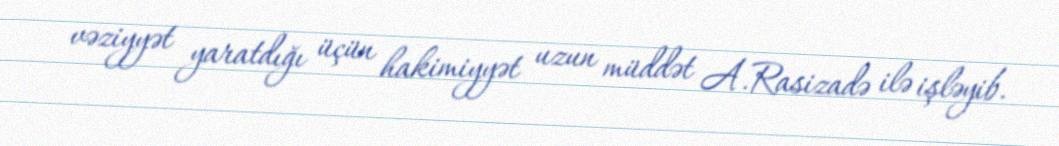
vəziyyət yaratdığı üçün hakimiyyət uzun müddət A.Rasizadə ilə işləyib.